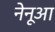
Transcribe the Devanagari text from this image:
नेनूआ